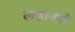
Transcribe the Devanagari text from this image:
लहानगी